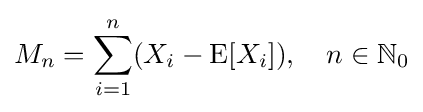
M_{n}=\sum _{i=1}^{n}(X_{i}-\operatorname {E} [X_{i}]),\quad n\in {\mathbb {N} }_{0}